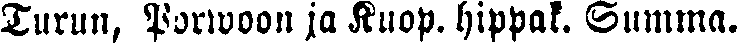
Turun, Porwoon ja Kuop. hippak. Summa.